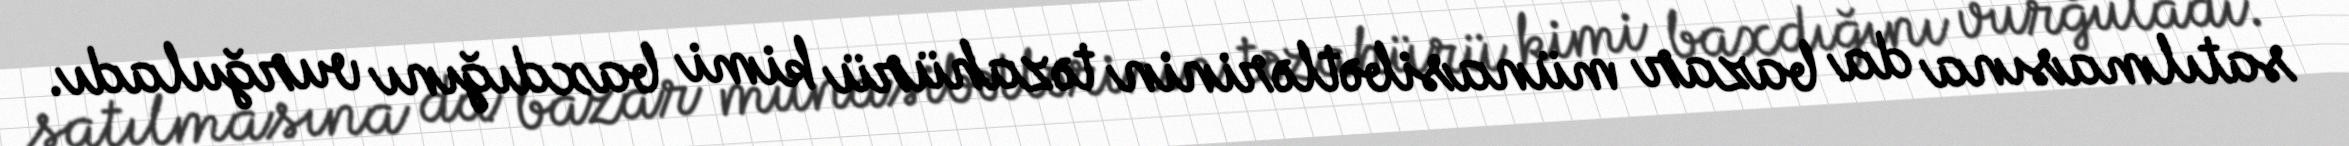
satılmasına da bazar münasibətlərinin təzahürü kimi baxdığını vurğuladı.